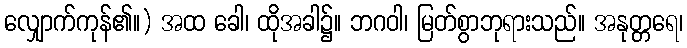
လျှောက်ကုန်၏။) အထ ခေါ၊ ထိုအခါ၌။ ဘဂဝါ၊ မြတ်စွာဘုရားသည်။ အနုတ္တရေ၊